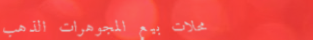
محلات بيع المجوهرات الذهب